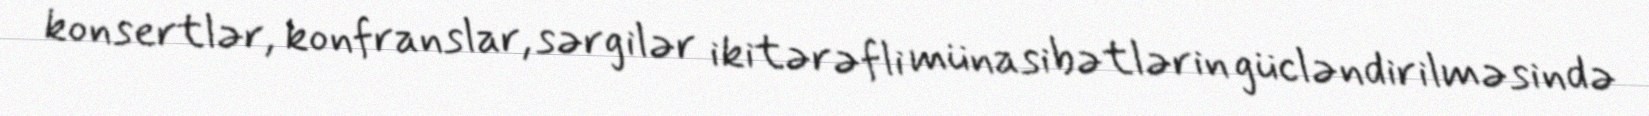
konsertlər, konfranslar, sərgilər ikitərəfli münasibətlərin gücləndirilməsində